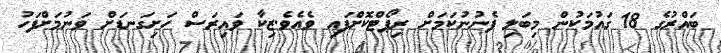
ބައްރުގެ 18 ގައުމަކުން މިބަލި ފެނުނުކަމަށް ރިޕޯޓްކޮށްފައި ވެއެވެ.ޒިކާ ވައިރަސް ހަށިގަނޑަށް ވަނުމަށްފަހު